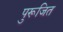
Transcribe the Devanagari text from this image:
पुरूजित